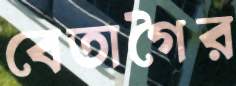
বেতাগৈর